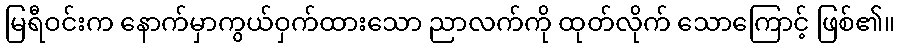
မြရီဝင်းက နောက်မှာကွယ်ဝှက်ထားသော ညာလက်ကို ထုတ်လိုက် သောကြောင့် ဖြစ်၏။